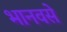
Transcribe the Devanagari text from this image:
भानवसे